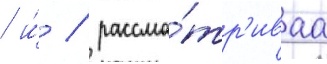
/ и́ / рассма́тр'иваа